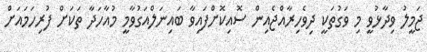
ޖަމީލު ވިދާޅުވީ މި ވަގުތަކީ ދިވެހިރާއްޖެއިން ސޮއިކޮށްފައިވާ ބައިނަލްއަގުވާމީ މުއާހަދާ ތަކަށް ފުރިހަމައަށް